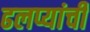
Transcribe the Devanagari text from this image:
ढलप्यांची